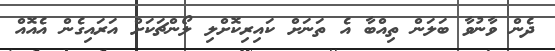
ދެން ވާނުވާ ބަލަން ތިއްބާ އެ ތަނަށް ކައިރިކޮށްލި ލޯންޗަކަށް އަރައިގެން އެއޮއް